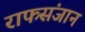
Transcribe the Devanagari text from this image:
राफसंजान